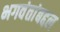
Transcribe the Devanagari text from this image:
भगवंतांबद्दल